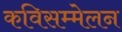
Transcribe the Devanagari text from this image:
कविसम्मेलन